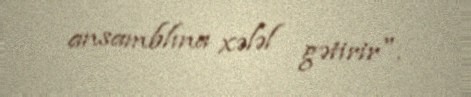
ansamblına xələl gətirir".